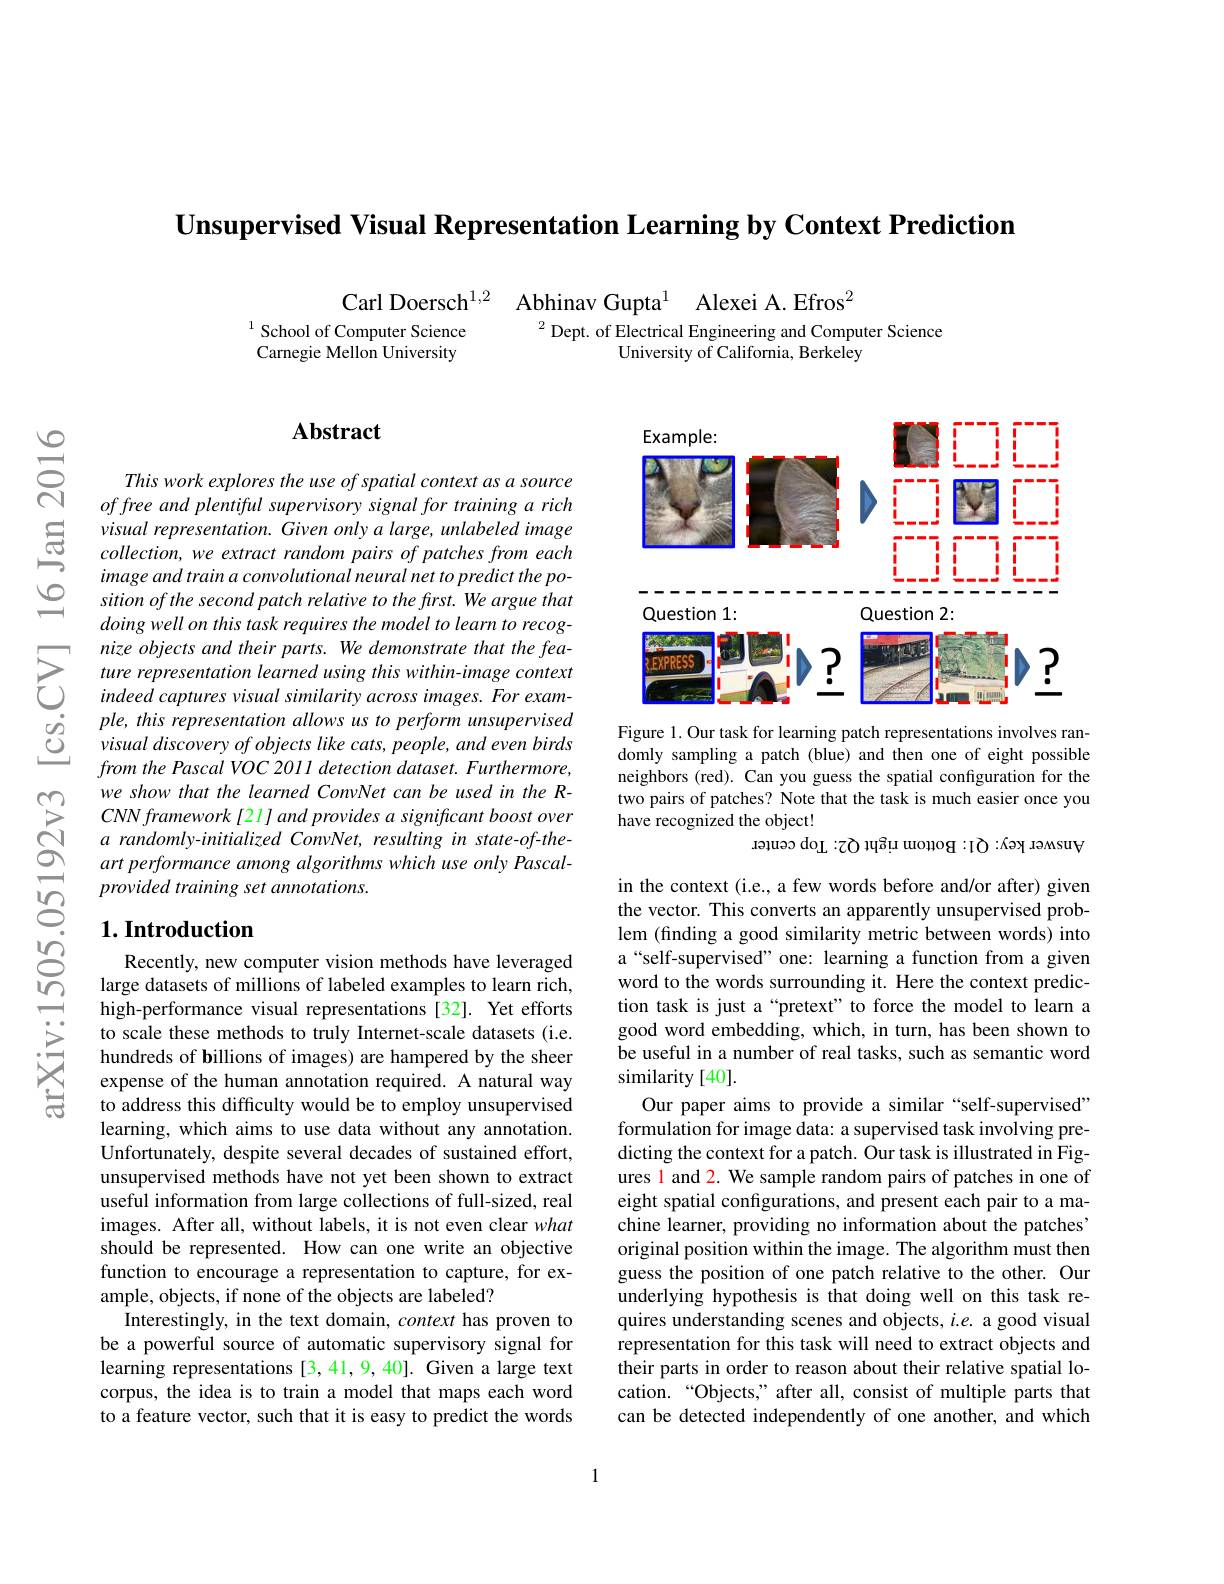
Unsupervised Visual Representation Learning by Context Prediction

Carl Doersch$^{1, 2}$ Abhinav Gupta$^{1}$ Alexei A.Efros$^{2}$
$^{1}$ School of Computer Science
$^{2}$Dept. of Electrical Engineering and Computer Science
Carnegie Mellon University
University of California, Berkeley

## $\mathbf{Abstract}$

This work explores the use of spatial context as a source of free and plentiful supervisory signal for training a rich visual representation. Given only a large, unlabeled image $collection, we\textit{ extract random pairs of patches from each}$ image and train a convolutional neural net to predict the position of the second patch relative to the first. We argue that doing well on this task requires the model to learn to recognize objects and their parts. We demonstrate that the feature representation learned using this within-image context indeed captures visual similarity across images. For example, this representation allows us to perform unsupervised visual discovery of objects like cats, people, and even birds from the Pascal VOC 2011 detection dataset. Furthermore, we show that the learned ConvNet can be used in the R- $CNNframework[21]andprovidesasignificantboostover$ $a$ randomly-initialized ConvNet, resulting in state-of-theart performance among algorithms which use only Pascalprovided training set annotations.

## $1. \textbf{Introduction}$

Recently, new computer vision methods have leveraged large datasets of millions of labeled examples to learn rich, high-performance visual representations [32]. Yet efforts to scale these methods to truly Internet-scale datasets (i.e. hundreds of billions of images) are hampered by the sheer expense of the human annotation required. A natural way to address this difficulty would be to employ unsupervised learning, which aims to use data without any annotation. Unfortunately, despite several decades of sustained effort, unsupervised methods have not yet been shown to extract useful information from large collections of full-sized, real images. After all, without labels, it is not even clear what should be represented. How can one write an objective function to encourage a representation to capture, for example, objects, if none of the objects are labeled?
Interestingly, in the text domain, context has proven to be a powerful source of automatic supervisory signal for learning representations [3,41,9,40]. Given a large text corpus, the idea is to train a model that maps each word to a feature vector, such that it is easy to predict the words

<FigureHere>

Figure 1. Our task for learning patch representations involves randomly sampling a patch (blue) and then one of eight possible neighbors (red). Can you guess the spatial configuration for the two pairs of patches? Note that the task is much easier once you have recognized the object!
$\operatorname*{dod}_{\mathrm{L}}:$ борош цири бутеров пемел

in the context (i.e., a few words before and/or after) given the vector. This converts an apparently unsupervised problem (finding a good similarity metric between words) into a“self-supervised” one: learning a function from a given word to the words surrounding it. Here the context prediction task is just a“pretext” to force the model to learn a good word embedding, which, in turn, has been shown to be useful in a number of real tasks, such as semantic word similarity [40].
Our paper aims to provide a similar“self-supervised” formulation for image data: a supervised task involving predicting the context for a patch. Our task is illustrated in Figures l and 2. We sample random pairs of patches in one of eight spatial configurations, and present each pair to a machine learner, providing no information about the patches' original position within the image. The algorithm must then guess the position of one patch relative to the other. Our underlying hypothesis is that doing well on this task requires understanding scenes and objects, $i.e.$ a good visual representation for this task will need to extract objects and their parts in order to reason about their relative spatial location. “Objects,” after all, consist of multiple parts that can be detected independently of one another, and which